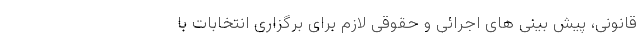
قانونی، پیش بینی های اجرائی و حقوقی لازم برای برگزاری انتخابات با